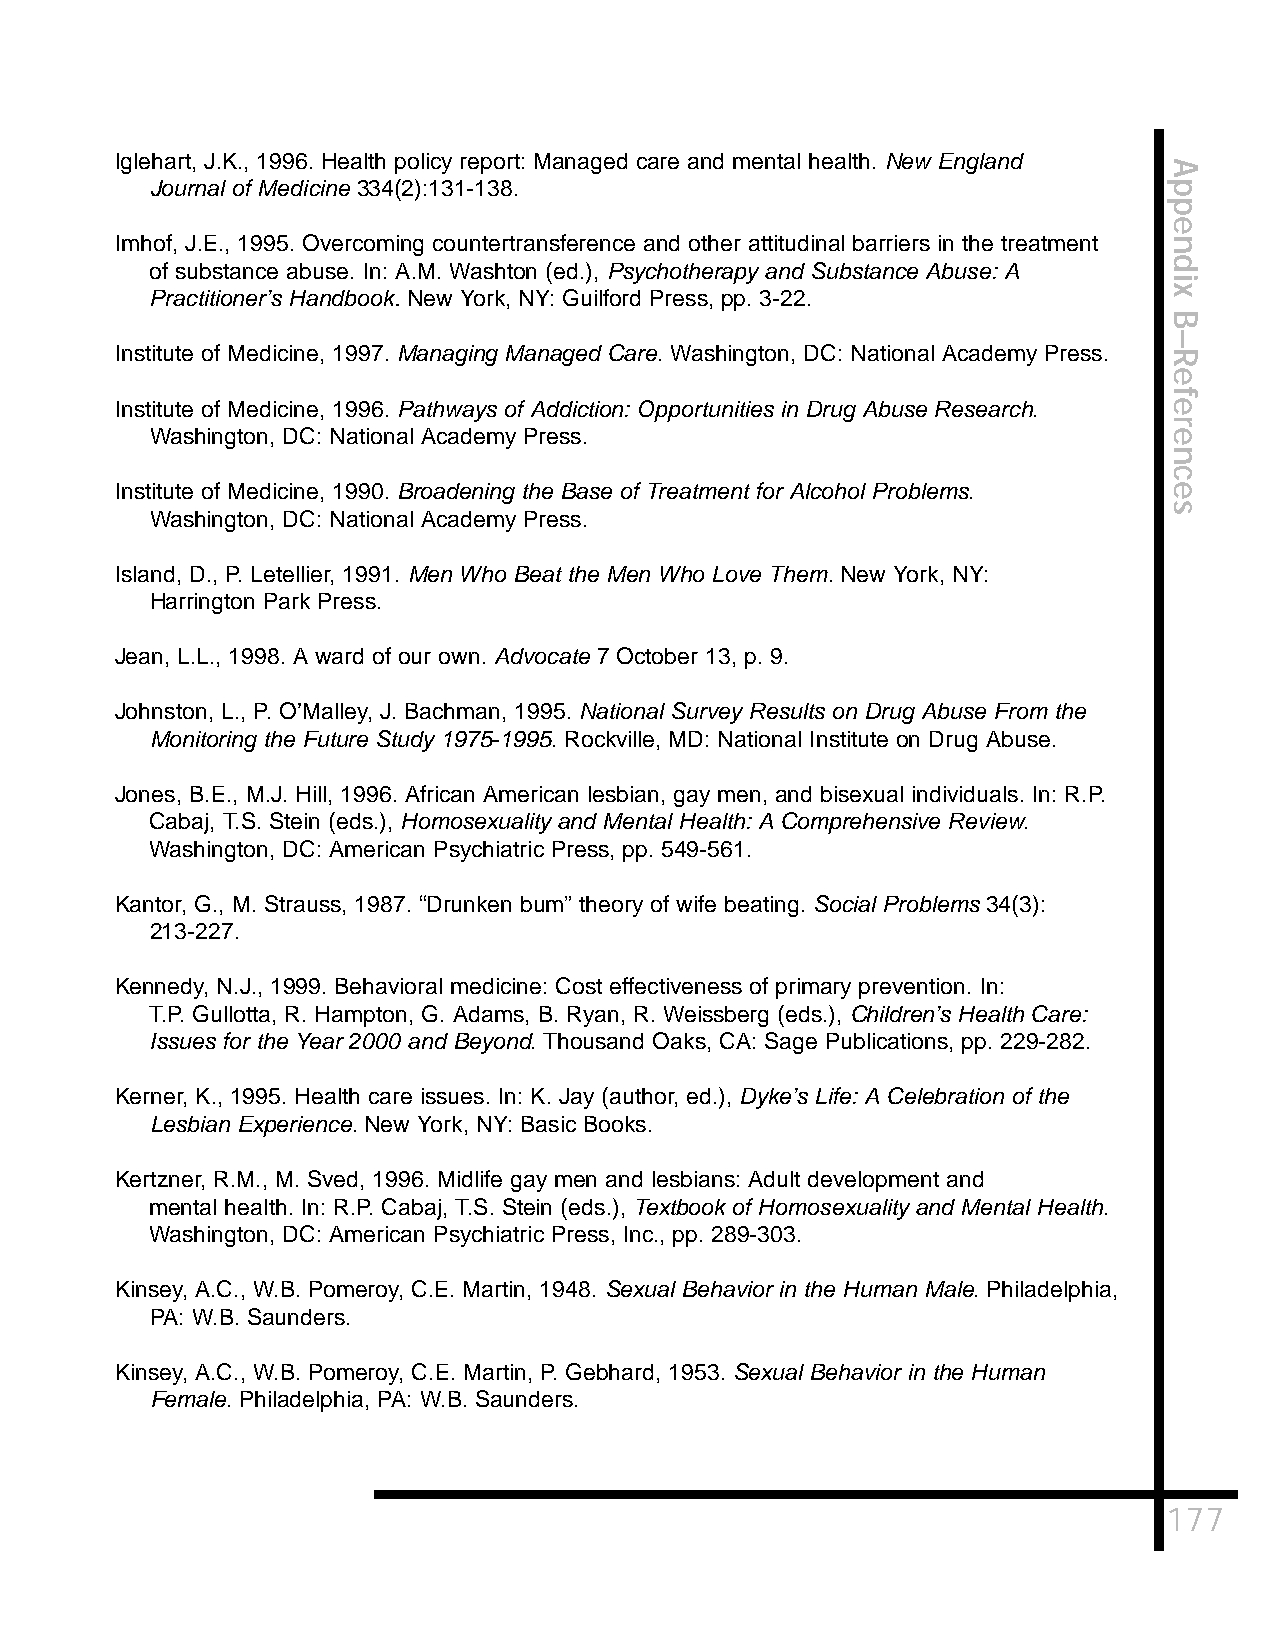
Iglehart, J.K., 1996. Health policy report: Managed care and mental health. New England
 A
 Journal of Medicine 334(2):131-138.                                p
 p
 e
 Imhof, J.E., 1995. Overcoming countertransference and other attitudinal barriers in the treatment n
 d
 of substance abuse. In: A.M. Washton (ed.), Psychotherapy and Substance Abuse: A
 i
 Practitioner’s Handbook. New York, NY: Guilford Press, pp. 3-22.   x
 B
 –
 Institute of Medicine, 1997. Managing Managed Care. Washington, DC: National Academy Press. R
 e
 f
 Institute of Medicine, 1996. Pathways of Addiction: Opportunities in Drug Abuse Research. e
 r
 Washington, DC: National Academy Press.                            e
 n
 c
 Institute of Medicine, 1990. Broadening the Base of Treatment for Alcohol Problems. e
 s
 Washington, DC: National Academy Press.
 Island, D., P. Letellier, 1991. Men Who Beat the Men Who Love Them. New York, NY:
 Harrington Park Press.
 Jean, L.L., 1998. A ward of our own. Advocate 7 October 13, p. 9.
 Johnston, L., P. O’Malley, J. Bachman, 1995. National Survey Results on Drug Abuse From the
 Monitoring the Future Study 1975-1995. Rockville, MD: National Institute on Drug Abuse.
 Jones, B.E., M.J. Hill, 1996. African American lesbian, gay men, and bisexual individuals. In: R.P.
 Cabaj, T.S. Stein (eds.), Homosexuality and Mental Health: A Comprehensive Review.
 Washington, DC: American Psychiatric Press, pp. 549-561.
 Kantor, G., M. Strauss, 1987. “Drunken bum” theory of wife beating. Social Problems 34(3):
 213-227.
 Kennedy, N.J., 1999. Behavioral medicine: Cost effectiveness of primary prevention. In:
 T.P. Gullotta, R. Hampton, G. Adams, B. Ryan, R. Weissberg (eds.), Children’s Health Care:
 Issues for the Year 2000 and Beyond. Thousand Oaks, CA: Sage Publications, pp. 229-282.
 Kerner, K., 1995. Health care issues. In: K. Jay (author, ed.), Dyke’s Life: A Celebration of the
 Lesbian Experience. New York, NY: Basic Books.
 Kertzner, R.M., M. Sved, 1996. Midlife gay men and lesbians: Adult development and
 mental health. In: R.P. Cabaj, T.S. Stein (eds.), Textbook of Homosexuality and Mental Health.
 Washington, DC: American Psychiatric Press, Inc., pp. 289-303.
 Kinsey, A.C., W.B. Pomeroy, C.E. Martin, 1948. Sexual Behavior in the Human Male. Philadelphia,
 PA: W.B. Saunders.
 Kinsey, A.C., W.B. Pomeroy, C.E. Martin, P. Gebhard, 1953. Sexual Behavior in the Human
 Female. Philadelphia, PA: W.B. Saunders.
 177